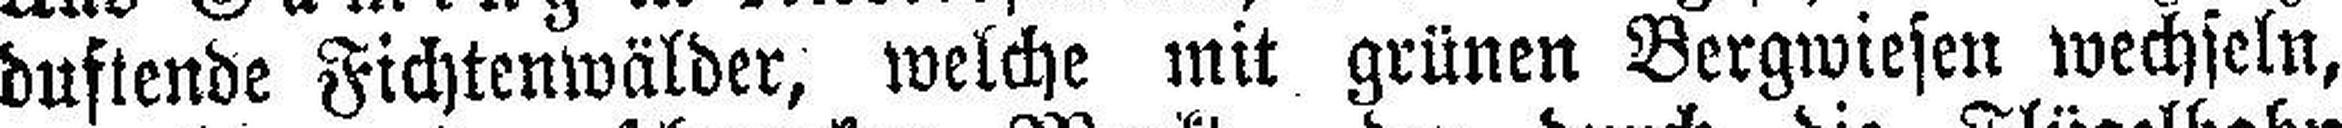
duflende Fichtenwälder, welche mit grünen Bergmiesen wechseln,